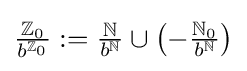
{\tfrac {\mathbb {Z} _{0}}{b^{\mathbb {Z} _{0}}}}:={\tfrac {\mathbb {N} }{b^{\mathbb {N} }}}\cup \left(-{\tfrac {\mathbb {N} _{0}}{b^{\mathbb {N} }}}\right)